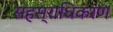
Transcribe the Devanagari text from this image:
सहस्राधिकरण